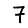
Digit: 7